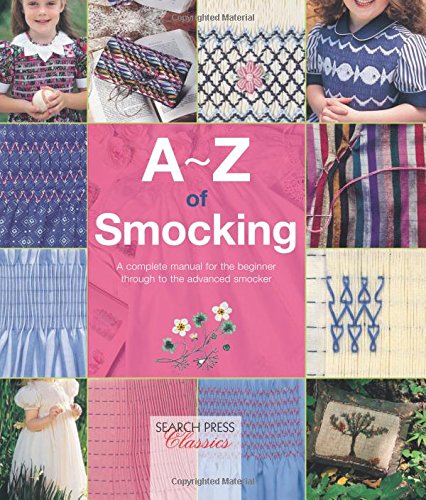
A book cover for A-Z of Smocking: A complete manual for the beginner through to the advanced smocker (A-Z of Needlecraft); Crafts, Hobbies & Home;